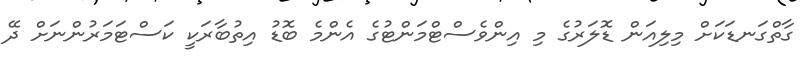
ގާތްގަނޑަކަށް މިލިއަން ޑޮލަރުގެ މި އިންވެސްޓްމަންޓުގެ އެންމެ ބޮޑު އިތުބާރަކީ ކަސްޓަމަރުންނަށް ދޭ